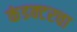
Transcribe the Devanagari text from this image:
कंडक्टरचा